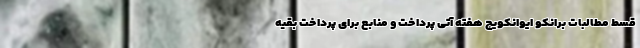
قسط مطالبات برانکو ایوانکویچ هفته آتی پرداخت و منابع برای پرداخت بقیه